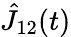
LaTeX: \hat{J}_{12}(t)